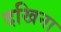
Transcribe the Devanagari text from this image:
दखिना